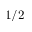
1 / 2